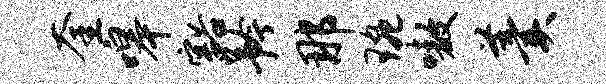
奎嗥豁矜那琬嗷羹